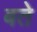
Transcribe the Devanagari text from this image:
बते